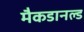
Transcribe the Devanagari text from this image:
मैकडानल्ड